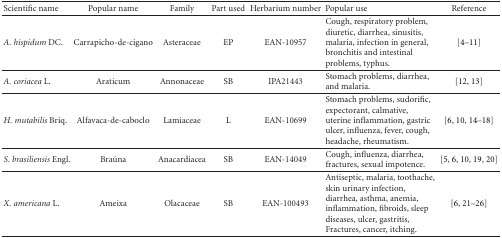
<table><thead><tr><td><b>Scientific name</b></td><td><b>Popular name</b></td><td><b>Family</b></td><td><b>Part used</b></td><td><b>Herbarium number</b></td><td><b>Popular use</b></td><td><b>Reference</b></td></tr></thead><tbody><tr><td><i>A. hispidum</i> DC.</td><td>Carrapicho-de-cigano</td><td>Asteraceae</td><td>EP</td><td>EAN-10957</td><td>Cough, respiratory problem, diuretic, diarrhea, sinusitis, malaria, infection in general, bronchitis and intestinal problems, typhus.</td><td>[4–11]</td></tr><tr><td><i>A. coriacea</i> L.</td><td>Araticum</td><td>Annonaceae</td><td>SB</td><td>IPA21443</td><td>Stomach problems, diarrhea, and malaria.</td><td>[12, 13]</td></tr><tr><td><i>H. mutabilis</i> Briq.</td><td>Alfavaca-de-caboclo</td><td>Lamiaceae</td><td>L</td><td>EAN-10699</td><td>Stomach problems, sudorific, expectorant, calmative, uterine inflammation, gastric ulcer, influenza, fever, cough, headache, rheumatism.</td><td>[6, 10, 14–18]</td></tr><tr><td><i>S. brasiliensis</i> Engl.</td><td>Braúna</td><td>Anacardiacea</td><td>SB</td><td>EAN-14049</td><td>Cough, influenza, diarrhea, fractures, sexual impotence.</td><td>[5, 6, 10, 19, 20]</td></tr><tr><td><i>X. americana</i> L.</td><td>Ameixa</td><td>Olacaceae</td><td>SB</td><td>EAN-100493</td><td>Antiseptic, malaria, toothache, skin urinary infection, diarrhea, asthma, anemia, inflammation, fibroids, sleep diseases, ulcer, gastritis, Fractures, cancer, itching.</td><td>[6, 21–26]</td></tr></tbody></table>